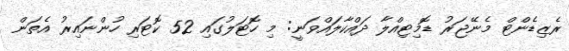
ރެޒިޑެންޓް މެނޭޖަރު ޑޮމިޓިއްލާ ދައްކާލައްވަނީ: މި ހޮޓަލުގައި 52 ކޮޓަރި ހުންނައިރު އެތަން